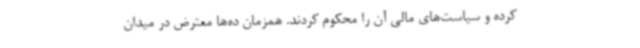
کرده و سیاست‌های مالی آن را محکوم کردند. همزمان ده‌ها معترض در میدان